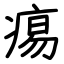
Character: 痬